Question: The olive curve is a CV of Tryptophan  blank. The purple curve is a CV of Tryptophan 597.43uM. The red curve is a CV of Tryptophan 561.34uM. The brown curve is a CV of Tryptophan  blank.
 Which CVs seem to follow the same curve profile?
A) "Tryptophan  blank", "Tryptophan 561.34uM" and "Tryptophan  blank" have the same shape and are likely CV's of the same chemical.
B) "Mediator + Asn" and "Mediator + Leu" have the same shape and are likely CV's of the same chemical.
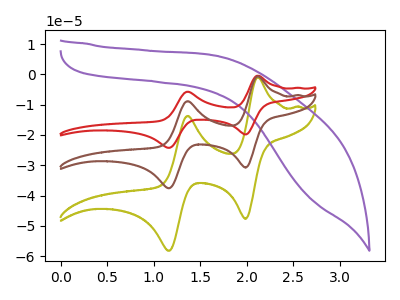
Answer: <think>The olive curve "Tryptophan  blank" has anodic peaks at (2.10V, -1.05uA) (1.35V, -13.75uA) and cathodic peaks at (2.00V, -47.65uA) (1.15V, -58.25uA). The purple curve "Tryptophan 597.43uM" has no peaks. The red curve "Tryptophan 561.34uM" has anodic peaks at (2.10V, -1.35uA) (1.35V, -17.70uA) and cathodic peaks at (2.00V, -61.50uA) (1.15V, -75.20uA). The brown curve "Tryptophan  blank" has anodic peaks at (2.10V, -0.65uA) (1.35V, -8.85uA) and cathodic peaks at (2.00V, -30.75uA) (1.15V, -37.60uA).
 "Tryptophan  blank" and "Tryptophan 597.43uM" have a different number of peaks. All the peaks in "Tryptophan  blank" have a peak in "Tryptophan 561.34uM" at the same potential. All the peaks in "Tryptophan  blank" have a peak in "Tryptophan  blank" at the same potential. "Tryptophan 597.43uM" and "Tryptophan 561.34uM" have a different number of peaks. "Tryptophan 597.43uM" and "Tryptophan  blank" have a different number of peaks. All the peaks in "Tryptophan 561.34uM" have a peak in "Tryptophan  blank" at the same potential.</think>
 <answer>A) "Tryptophan  blank", "Tryptophan 561.34uM" and "Tryptophan  blank" have the same shape and are likely CV's of the same chemical.</answer>
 <eval>A</eval>